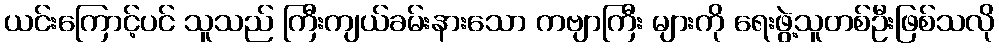
ယင်းကြောင့်ပင် သူသည် ကြီးကျယ်ခမ်းနားသော ကဗျာကြီး များကို ရေးဖွဲ့သူတစ်ဦးဖြစ်သလို